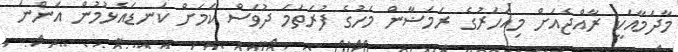
މާދަމާއަކީ ރާއްޖެއަށް މިއަހަރުގެ ރަމަޟާން މަހުގެ ފުރަތަމަ ދުވަސް ކަމަށް ކަނޑައެޅުމުން އަންނަ